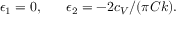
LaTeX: \epsilon _ { 1 } = 0 , \; \; \; \; \; \; \epsilon _ { 2 } = - 2 c _ { V } / ( \pi C k ) .